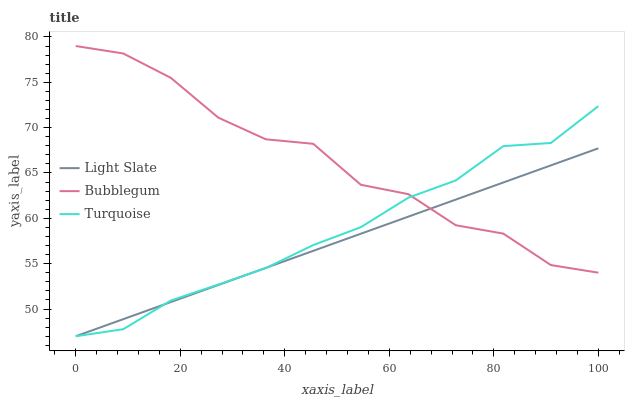
| xaxis_label | Light Slate | Bubblegum | Turquoise |
 | --- | --- | --- | --- |
 | 0 | 47 | 79 | 47 |
 | 9.09 | 48.9 | 78.2 | 47.8 |
 | 18.2 | 50.8 | 75.5 | 50.9 |
 | 27.3 | 52.7 | 71.1 | 52.7 |
 | 36.4 | 54.5 | 68.7 | 54.5 |
 | 45.5 | 56.4 | 68.2 | 57.1 |
 | 54.5 | 58.3 | 63.7 | 59 |
 | 63.6 | 60.2 | 62.7 | 62.3 |
 | 72.7 | 62.1 | 59.2 | 64.2 |
 | 81.8 | 64 | 58.3 | 68 |
 | 90.9 | 65.8 | 54.8 | 68.3 |
 | 100 | 67.7 | 54 | 72.4 |